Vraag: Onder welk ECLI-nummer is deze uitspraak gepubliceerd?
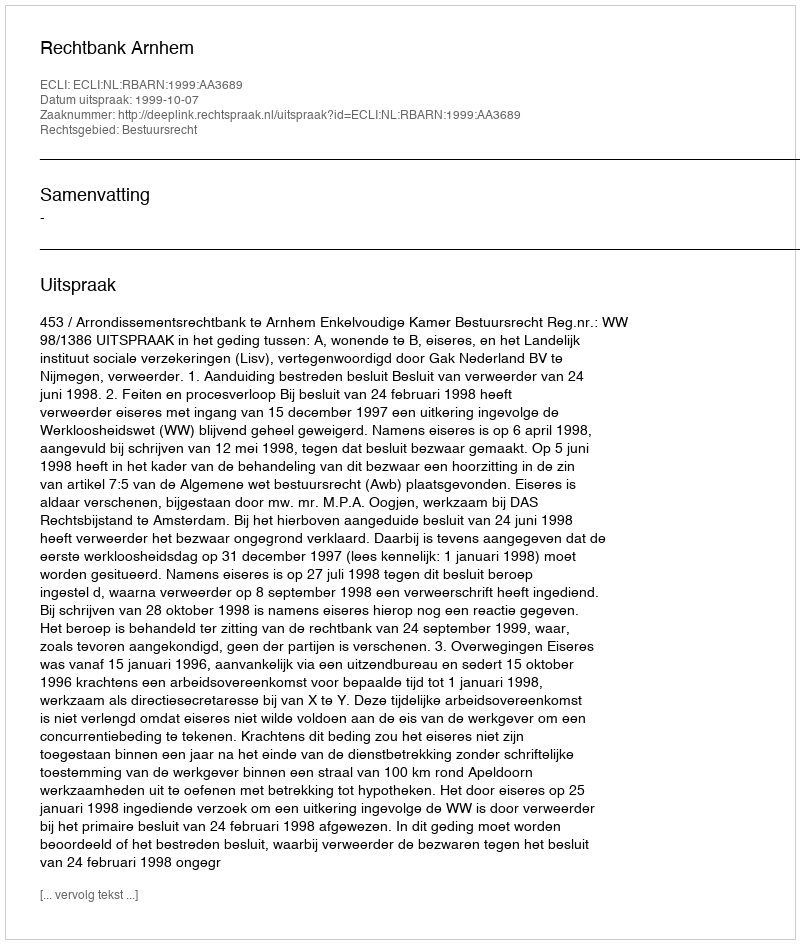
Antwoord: ECLI:NL:RBARN:1999:AA3689